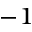
^ { - 1 }